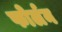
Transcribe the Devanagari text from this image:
फोर्लन